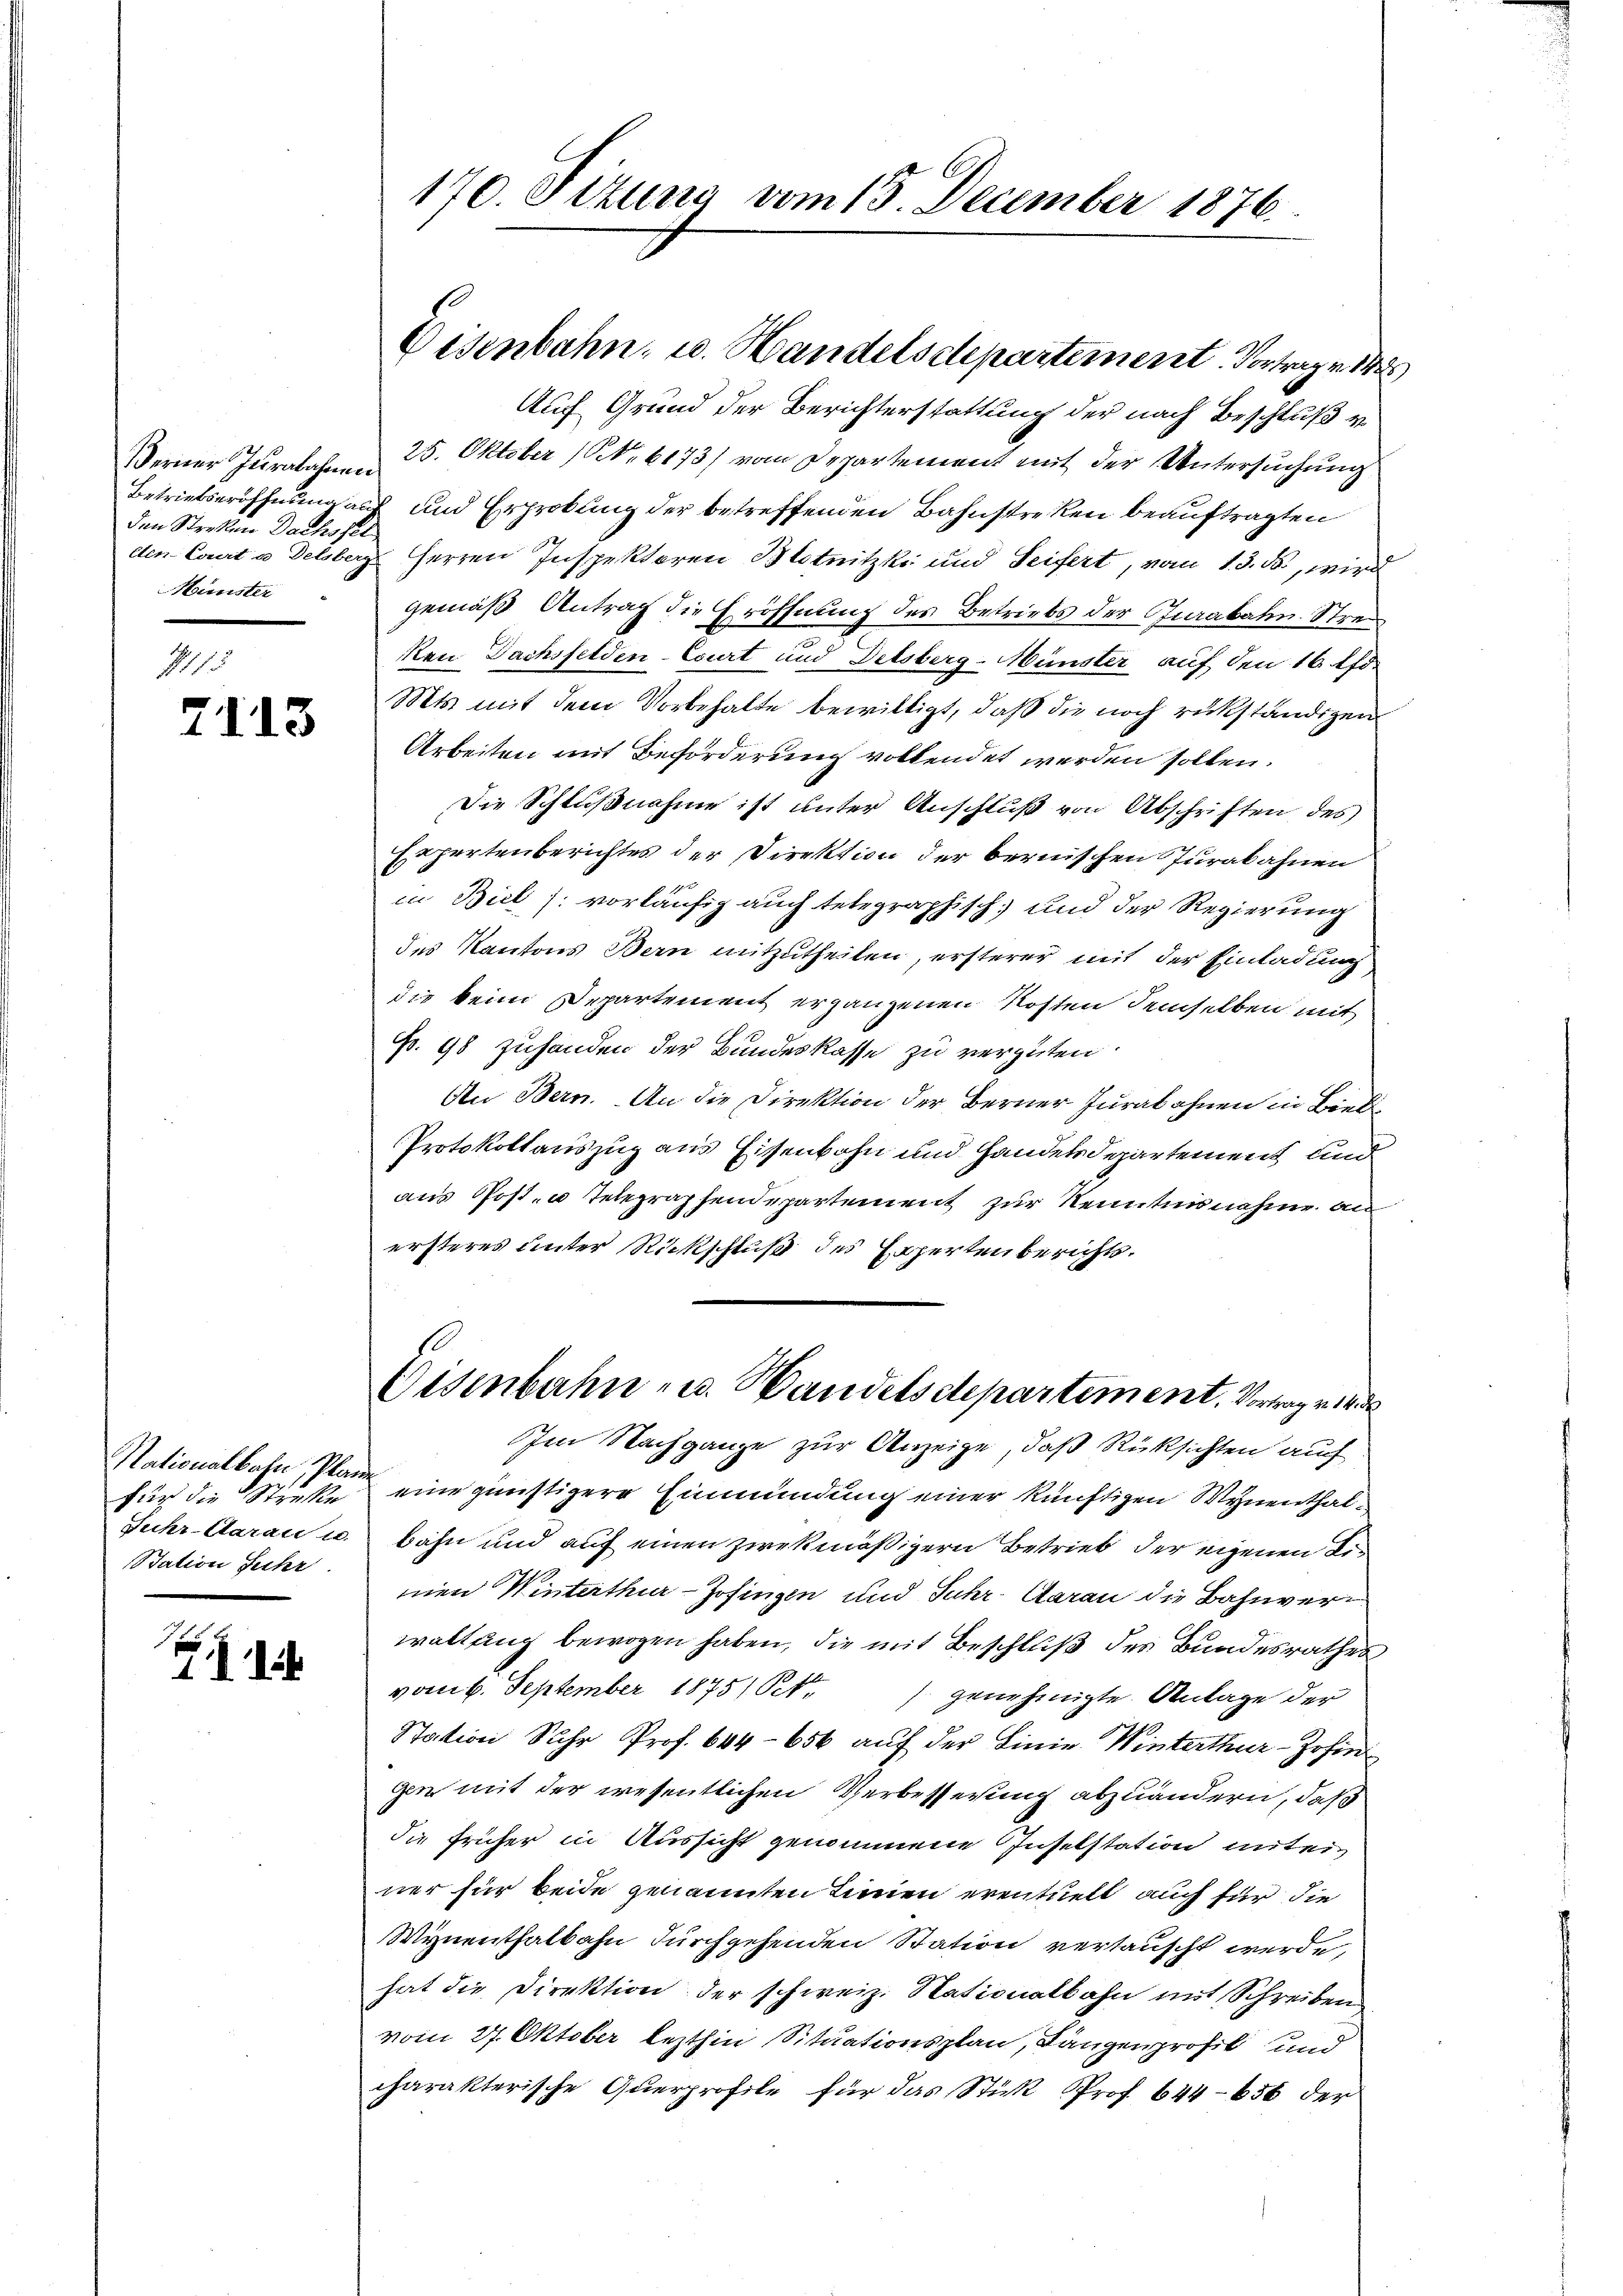
Berner Jurabahnen
den Straßen Dachsfel
Minister

7113

Nationalbahn, Plane
für die Strecke
Station Schr

Auf Grund der Berichterstattung der nach Beschluß vo
25. Oktober (S. 6173) vom Departement mit der Untersuchung
Betriebseröffnung aus und Erprokung der betreffenden Bahnstreken beauftragten
den-Court u Delsberg Herren Inspektoren Blotnitzki und Seifert, vom 13. ds., wird
gemäß Antrag die Eröffnung des Betriebs der Jurabahn Stre¬
Ren Dachsfelden-Court und Delsberg-Münster auf den 16 ff.
Mts. mit dem Vorbehalte bewilligt, daß die noch rükständigen
Arbeiten mit Beförderung vollendet werden sollen.
Die Schlußnahme ist unter Anschluß von Abschriften des
Expertenberichtes der Direktion der bernischen Jurabahnen
in Biel /: vorläufig auch telegraphisch und der Regierung
des Kantons Bern mitzutheilen, ersterer mit der Einladung
die keine Departement ergangenen Kosten demselben mit
p. 98 zuhanden der Bundeskasse zu vergüten.
An Bern. An die Direktion der Berner Jurab ohnen in Biede
Protokollauszug aus Eisenbahn und Handelsdepartement und
aus Post- u telegraphendepartement zur Kennten nahme an
ersteres unter Rückschluß des Expertenberichts.
Eisenbahn- u. Handelsdepartement. Vortrage 14 d
Im Nachgange zur Anzeige, daß Rüksichten auch
eine günstigere Einmündung einer künftigen Wynenthal¬
Juhr-Carau u. bahn und auf einen zwekmäßigern Betrieb der eigenen Linen Winterthur–Zofingen und Juhr daran die Bahnverwaltung bewogen haben, die mit Beschluß des Bundesrathes
vom 6. September 1875) Pet
genehmigte Anlage der
Station Suhr Prof. 644-656 auf der Linie Winterthur-Johin
gen mit der wesentlichen Verbesserung abzuändern, daß
die früher in Aussicht genommene Inselstation untern
ner für beide genannten Linien eventuell auch für die
Wynenthalbahn durchgehenden Station vertauscht werde,
hat die Direktion der schweiz. Nationalbahn mit Schreiben
vom 27. Oktober lezthin Situationsplan, Längenprofil und
charakterische Querprofile für das Stük Prof. 644-656 der

170. Pizuna vom 15. December 1876.

Eisenbahn- u. Handelsdepartement. Vortrage de